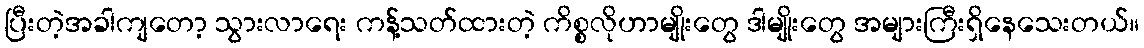
ပြီးတဲ့အခါကျတော့ သွားလာရေး ကန့်သတ်ထားတဲ့ ကိစ္စလိုဟာမျိုးတွေ ဒါမျိုးတွေ အများကြီးရှိနေသေးတယ်။